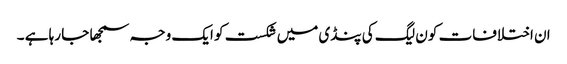
ان اختلافات کو ن لیگ کی پنڈی میں شکست کو ایک وجہ سمجھا جا رہا ہے ۔